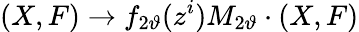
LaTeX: (X,F)\rightarrow f_{2\vartheta}(z^{i}){M}_{2\vartheta}\cdot(X,F)